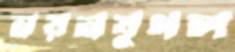
নয়নযুগল